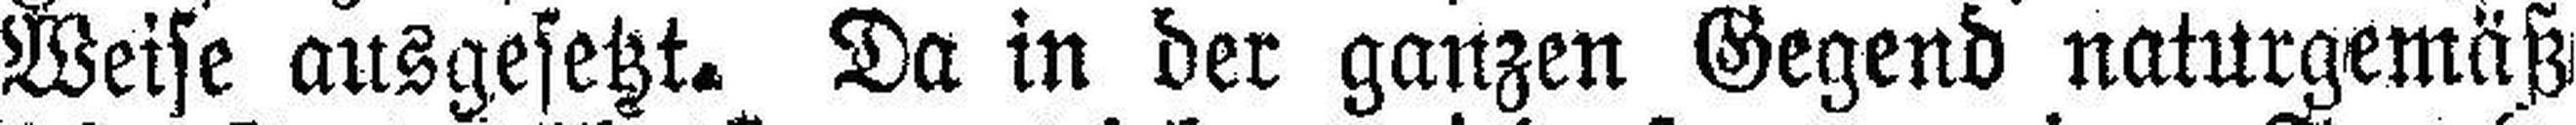
Weise ausgesetzt. Da in der ganzen Gegend naturgemäß